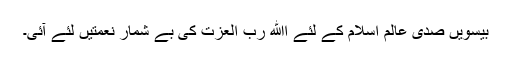
بیسوِیں صدی عالمِ اِسلام کے لئے اﷲ ربّ العزت کی بے شمار نعمتیں لئے آئی۔